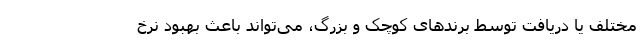
مختلف یا دریافت توسط برند‌های کوچک و بزرگ، می‌تواند باعث بهبود نرخ